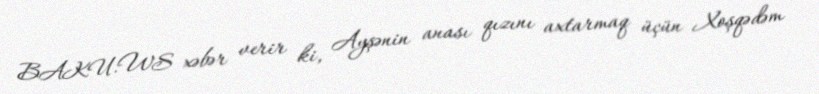
BAKU.WS xəbər verir ki, Ayşənin anası qızını axtarmaq üçün Xoşqədəm